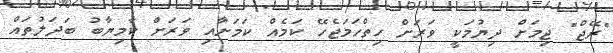
"ރޭޖް" ޖިމަށް ދިޔުމަކީ ވަރަށް ހިތްހަމަޖެހޭ ކަމެއް ކަމަށާއި ވަރަށް ކާމިޔާބު ބަދަލުތައް